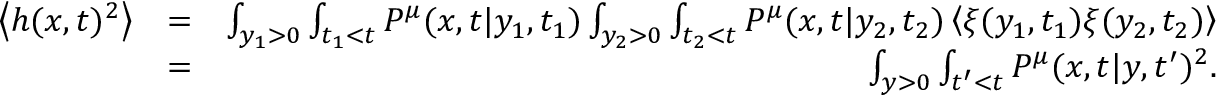
\begin{array} { r l r } { \left< h ( x , t ) ^ { 2 } \right> } & { = } & { \int _ { y _ { 1 } > 0 } \int _ { t _ { 1 } < t } P ^ { \mu } ( x , t | y _ { 1 } , t _ { 1 } ) \int _ { y _ { 2 } > 0 } \int _ { t _ { 2 } < t } P ^ { \mu } ( x , t | y _ { 2 } , t _ { 2 } ) \left< \xi ( y _ { 1 } , t _ { 1 } ) \xi ( y _ { 2 } , t _ { 2 } ) \right> } \\ & { = } & { \int _ { y > 0 } \int _ { t ^ { \prime } < t } P ^ { \mu } ( x , t | y , t ^ { \prime } ) ^ { 2 } . } \end{array}